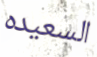
السعيده